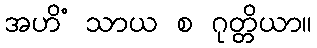
အဟိံ သာယ စ ဂုတ္တိယာ။